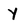
Character: Y